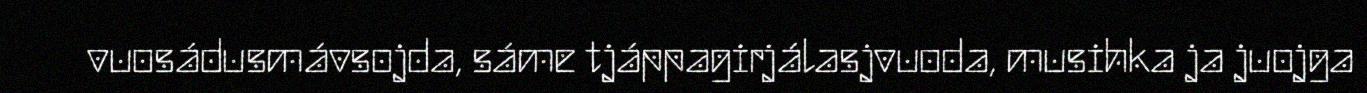
vuosádusmávsojda, sáme tjáppagirjálasjvuoda, musihka ja juojga